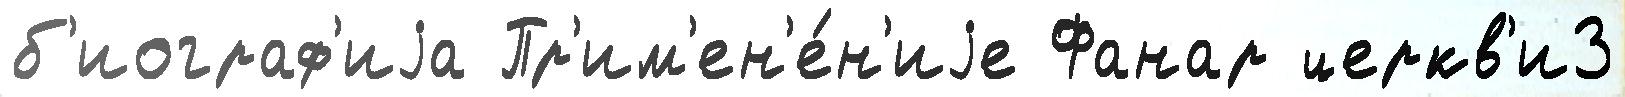
б'иограф'иjа Пр'им'ен'е́н'иjе Фанар церкв'и3